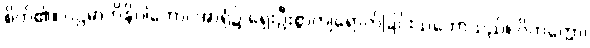
စိတ်၏။ ပဌမာဘိနိပါတော၊ အာရုံ၌ ရှေးဦးစွာကျရောက်ခြင်းသဘောသည်။ ဝိတက္ကော၊